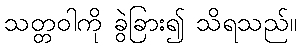
သတ္တဝါကို ခွဲခြား၍ သိရသည်။